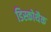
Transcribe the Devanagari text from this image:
डिस्कोथैक